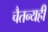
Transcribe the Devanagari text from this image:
चैतन्यही